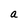
Character: a